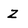
Character: Z